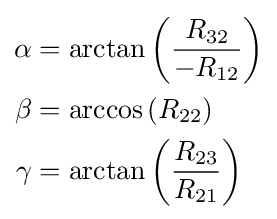
{\begin{aligned}\alpha &=\arctan \left({\frac {R_{32}}{-R_{12}}}\right)\\\beta &=\arccos \left(R_{22}\right)\\\gamma &=\arctan \left({\frac {R_{23}}{R_{21}}}\right)\end{aligned}}